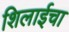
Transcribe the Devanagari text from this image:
शिलाईचा